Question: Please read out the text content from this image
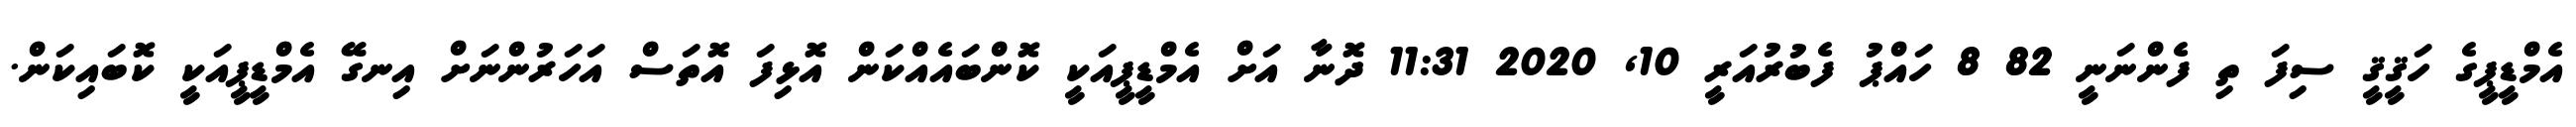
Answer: އެމްޑީޕީގެ ހަޤީޤީ ސިފަ ތި ފެންނަނީ 82 8 ހައްޕު ފެބުރުއަރީ 10, 2020 11:31 ދޮނާ އަށް އެމްޑީޕީއަކީ ކޮންބައެއްކަން އޮޅިފަ އޮތަސް އަހަރުންނަށް އިނގޭ އެމްޑީޕީއަކީ ކޮބައިކަން.